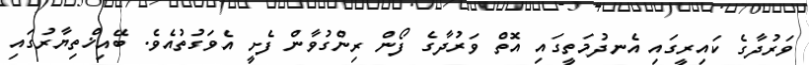
ވަރުދާގެ ކައިރީގައި އެނދުމަތީގައި އޮތް ވަރުދާގެ ފޯން ރިންގުވާން ފެށީ އެވަގުތުއެވެ. ބޭއިޚްތިޔާރުގައި